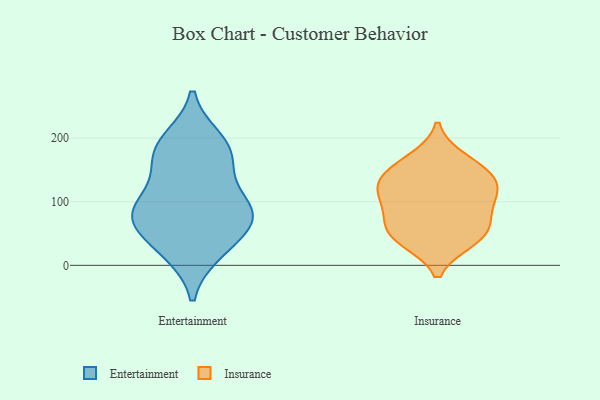
{"axis": {"x": "Waste Production (Tons)", "y": "Value"}, "legend": ["Entertainment", "Insurance"], "data": [{"x": "", "y": 83, "type": "Entertainment"}, {"x": "", "y": 68, "type": "Entertainment"}, {"x": "", "y": 86, "type": "Entertainment"}, {"x": "", "y": 171, "type": "Entertainment"}, {"x": "", "y": 77, "type": "Entertainment"}, {"x": "", "y": 27, "type": "Entertainment"}, {"x": "", "y": 22, "type": "Entertainment"}, {"x": "", "y": 196, "type": "Entertainment"}, {"x": "", "y": 187, "type": "Entertainment"}, {"x": "", "y": 161, "type": "Entertainment"}, {"x": "", "y": 113, "type": "Entertainment"}, {"x": "", "y": 75, "type": "Entertainment"}, {"x": "", "y": 155, "type": "Insurance"}, {"x": "", "y": 104, "type": "Insurance"}, {"x": "", "y": 53, "type": "Insurance"}, {"x": "", "y": 105, "type": "Insurance"}, {"x": "", "y": 63, "type": "Insurance"}, {"x": "", "y": 80, "type": "Insurance"}, {"x": "", "y": 133, "type": "Insurance"}, {"x": "", "y": 39, "type": "Insurance"}, {"x": "", "y": 125, "type": "Insurance"}, {"x": "", "y": 167, "type": "Insurance"}, {"x": "", "y": 134, "type": "Insurance"}, {"x": "", "y": 40, "type": "Insurance"}]}